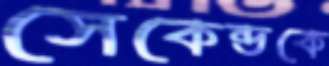
সেকেন্ডকে